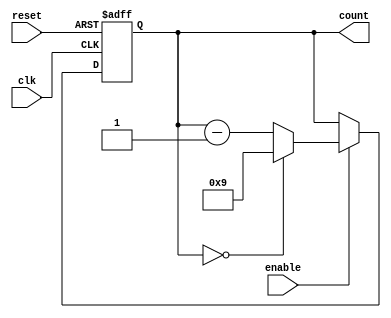
module BCD_Down_Counter (
    input wire clk,
    input wire reset,
    input wire enable,
    output reg [3:0] count
);

reg [3:0] next_count;

always @(posedge clk or posedge reset) begin
    if (reset) begin
        count <= 4'b1001; // Initialize counter with 9
    end else if (enable) begin
        count <= next_count;
    end
end

always @* begin
    if (count == 4'b0000) begin
        next_count = 4'b1001; // Wrap around to 9 when count reaches 0
    end else begin
        next_count = count - 1; // Decrement counter by 1
    end
end

endmodule